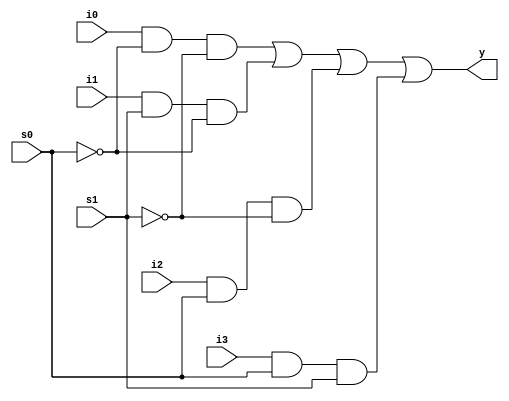
// Code for mux_4_by_1
module mux_4_to_1(
  input s0,s1,i0,i1,i2,i3,
  output y);
  wire a,b,c,d,e,f;
  not(a,s0);
  not(b,s1);
  and(c,i0,a,b);
  and(d,i1,s1,a);
  and(e,i2,s0,b);
  and(f,i3,s0,s1);
  or(y,c,d,e,f);
endmodule